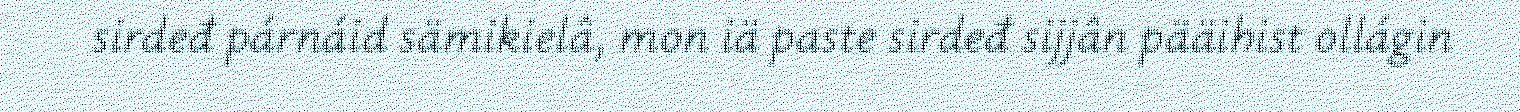
sirdeđ párnáid sämikielâ, mon iä paste sirdeđ sijjân pääihist ollágin